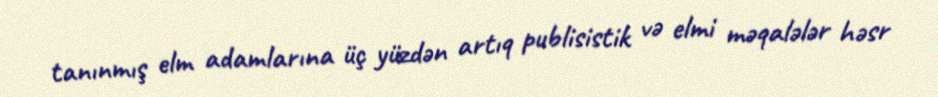
tanınmış elm adamlarına üç yüzdən artıq publisistik və elmi məqalələr həsr